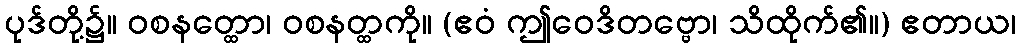
ပုဒ်တို့၌။ ဝစနတ္ထော၊ ဝစနတ္ထကို။ (ဧဝံ ဤဝေဒိတဗ္ဗော၊ သိထိုက်၏။) ဧတာယ၊